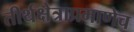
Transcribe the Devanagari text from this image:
तीर्थक्षेत्राप्रमाणेच